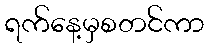
ရက်နေ့မှစတင်ကာ